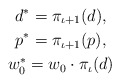
\begin{gather*}d^*= \pi_{\iota+1}(d),\\p^*= \pi_{\iota+1}(p),\\w_0^*=w_0\cdot \pi_\iota(d) \\\end{gather*}